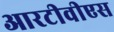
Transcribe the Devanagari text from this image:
आरटीवीएस